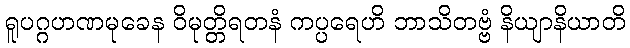
ရူပဂ္ဂဟဏမုခေန ဝိမုတ္တိရတနံ ကပ္ပရေဟိ ဘာသိတဗ္ဗံ နိယျာနိယာတိ